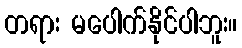
တရား မပေါက်နိုင်ပါဘူး။